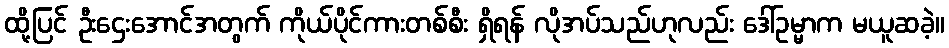
ထို့ပြင် ဦးဌေးအောင်အတွက် ကိုယ်ပိုင်ကားတစ်စီး ရှိရန် လိုအပ်သည်ဟုလည်း ဒေါ်ဥမ္မာက မယူဆခဲ့။